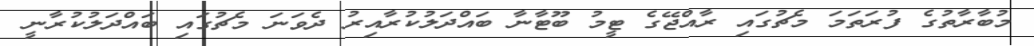
މުބާރާތުގެ ފުރަތަމަ މެޗުގައި ރާއްޖޭގެ ޓީމު ބޫޓާނާ ބައްދަލުކުރާއިރު ދެވަނަ މެޗުގައި ބައްދަލުކުރާނީ